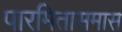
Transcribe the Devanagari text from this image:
पारमितासमास